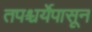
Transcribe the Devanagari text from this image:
तपश्चर्येपासून